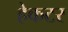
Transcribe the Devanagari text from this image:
हेकटर